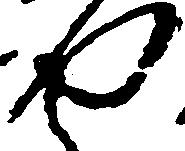
や